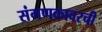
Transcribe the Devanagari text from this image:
संगणकावरची